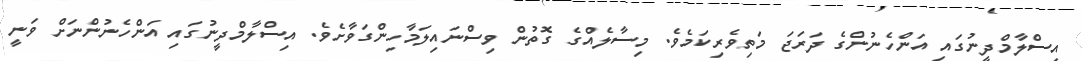
އިސްލާމްދީނުގައި އަންހެނުންގެ ދަރަޖަ މަތިވެރިކަމެވެ. މިސާލެއްގެ ގޮތުން ވިސްނައިލަމާހިންގަވާށެވެ. އިސްލާމްދީނުގައި އަންހެނުންނަށް ވަނީ